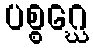
ပစ္စဂ္ဃေ